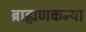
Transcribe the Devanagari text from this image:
ब्राह्मणकन्या